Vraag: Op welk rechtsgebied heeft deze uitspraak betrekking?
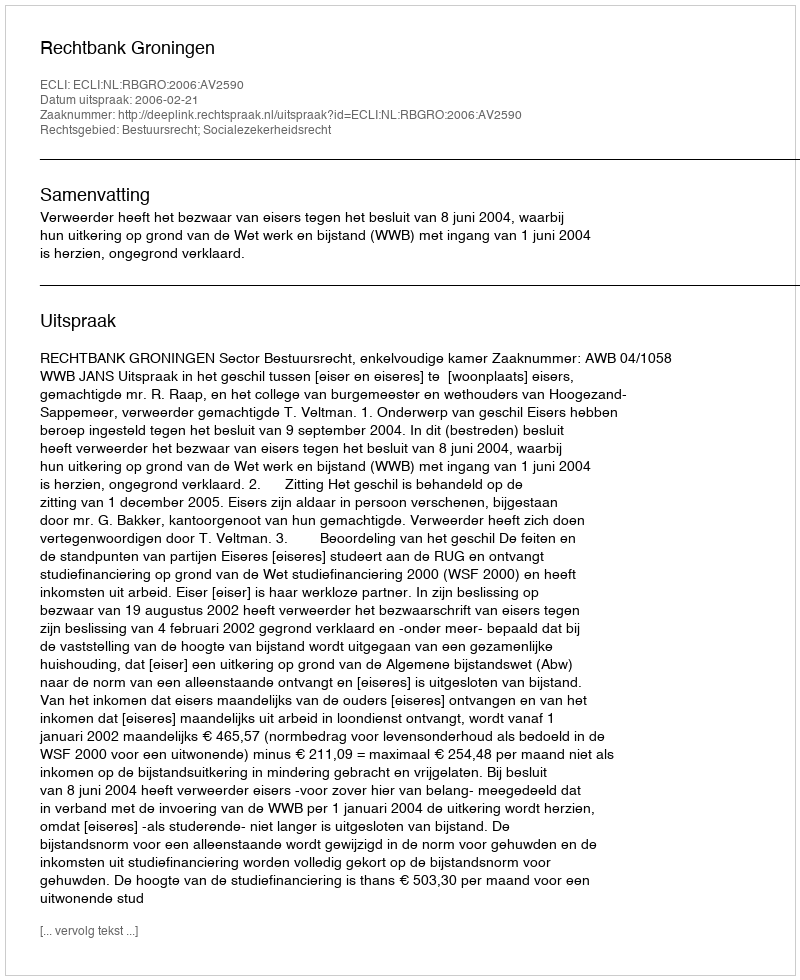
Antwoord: Bestuursrecht; Socialezekerheidsrecht